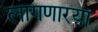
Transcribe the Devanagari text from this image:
लागणारया